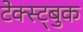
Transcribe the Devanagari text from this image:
टेक्स्ट्बुक